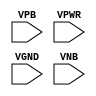
module sky130_fd_sc_ls__tapmet1 (
    //# {{power|Power}}
    input VPB ,
    input VPWR,
    input VGND,
    input VNB
);
endmodule